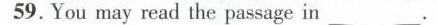
59. You may read the passage in___